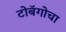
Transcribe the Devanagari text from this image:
टोबॅगोचा